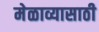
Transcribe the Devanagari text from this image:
मेळाव्यासाठी